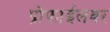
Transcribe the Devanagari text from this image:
प्रोफाईलवर